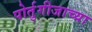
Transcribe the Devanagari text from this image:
पोर्तुगीजाच्या